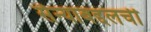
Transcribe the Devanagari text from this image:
सैन्याबद्दलची